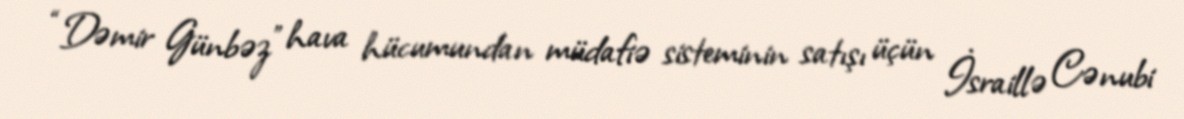
“Dəmir Günbəz” hava hücumundan müdafiə sisteminin satışı üçün İsraillə Cənubi